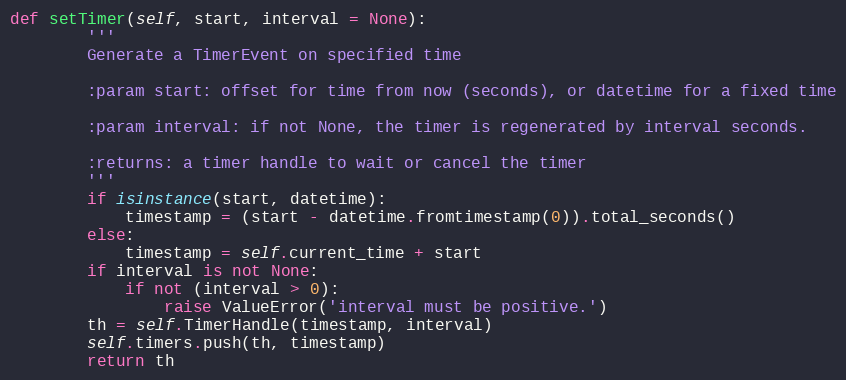
Language: Python
def setTimer(self, start, interval = None):
        '''
        Generate a TimerEvent on specified time

        :param start: offset for time from now (seconds), or datetime for a fixed time

        :param interval: if not None, the timer is regenerated by interval seconds.

        :returns: a timer handle to wait or cancel the timer
        '''
        if isinstance(start, datetime):
            timestamp = (start - datetime.fromtimestamp(0)).total_seconds()
        else:
            timestamp = self.current_time + start
        if interval is not None:
            if not (interval > 0):
                raise ValueError('interval must be positive.')
        th = self.TimerHandle(timestamp, interval)
        self.timers.push(th, timestamp)
        return th